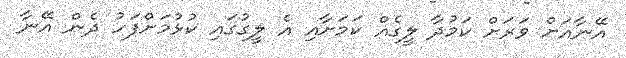
އޭނާއަށް ވަރަށް ކަމުދާ ލީގެއް ކަމަށާއި އެ ލީގުގައި ކުޅުމަށްފަހު ދެން އޭނާ